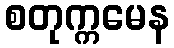
စတုက္ကမေန